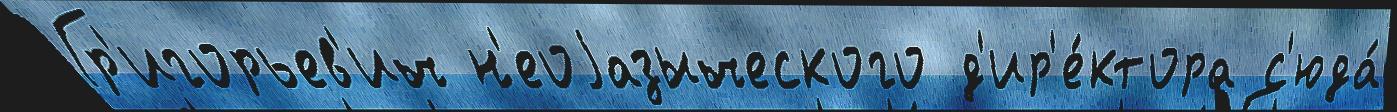
Гр'игорьев'ич н'еоjазыческого д'ир'е́ктора с'юда́